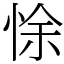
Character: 悇